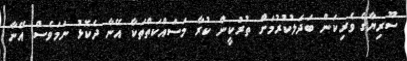
ސޫރިޔާގެ ވެރިކަން ބަދަލުކުރުމަށް ތުރުކީން ކުރާ މަސައްކަތްތަކާ އޭނާ ދެކޮޅު ނަމަވެސް އޭނާ